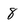
Character: 8